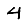
Digit: 4